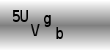
Text: 5UVgb